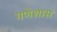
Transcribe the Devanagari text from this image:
गणेशास